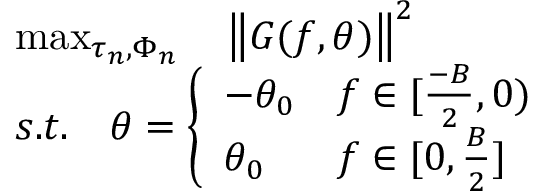
\begin{array} { r l } & { \operatorname* { m a x } _ { \tau _ { n } , \Phi _ { n } } \quad \left\| G ( f , \theta ) \right\| ^ { 2 } } \\ & { s . t . \quad \theta = \left\{ \begin{array} { l l } { - \theta _ { 0 } } & { f \in [ \frac { - B } { 2 } , 0 ) } \\ { \theta _ { 0 } } & { f \in [ 0 , \frac { B } { 2 } ] } \end{array} \right. } \end{array}